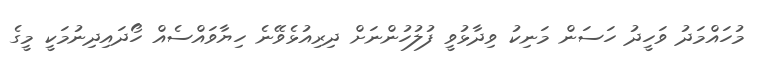
މުހައްމަދު ވަހީދު ހަސަން މަނިކު ވިދާޅުވީ ފުލުހުންނަށް ދިރިއުޅެވޭނެ ހިޔާވައްސެއް ހޯދައިދިނުމަކީ މީގެ